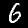
Digit: 6